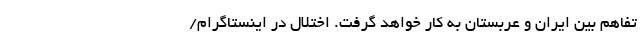
تفاهم بین ایران و عربستان به کار خواهد گرفت. اختلال در اینستاگرام/